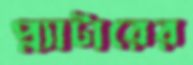
প্ল্যাটারের